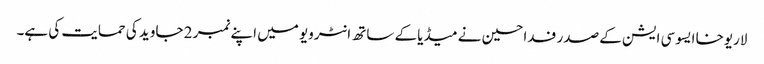
لاریوخا ایسوسی ایشن کے صدر فدا حسین نے میڈیا کے ساتھ انٹرویو میں اپنے نمبر 2 جاوید کی حمایت کی ہے۔